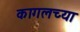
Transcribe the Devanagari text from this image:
कागलच्या